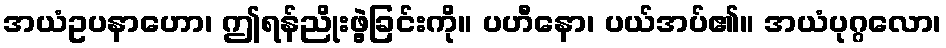
အယံဥပနာဟော၊ ဤရန်ညိုးဖွဲ့ခြင်းကို။ ပဟီနော၊ ပယ်အပ်၏။ အယံပုဂ္ဂလော၊